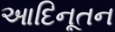
આદિનૂતન